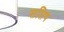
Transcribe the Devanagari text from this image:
सतिष